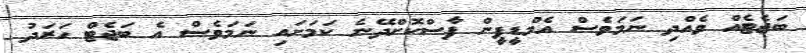
ބަޖެޓެއް ވެއްްދި ނަމަވެސް އެމްޑީޕީން ފާސްކޮށްދޭނެ ކަމަށައި ނަމަވެސް އެ ބަޖެޓް ހަރަދު